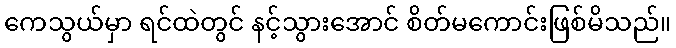
ကေသွယ်မှာ ရင်ထဲတွင် နင့်သွားအောင် စိတ်မကောင်းဖြစ်မိသည်။